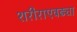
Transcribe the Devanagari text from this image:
शरीराएवढ्या